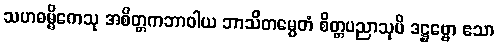
သဟဓမ္မိကေသု အစိတ္တကဘာဝါယ ဘာသိတမ္ပေတံ စိတ္တပညာသုပိ ဒဋ္ဌဗ္ဗော ဧသာ